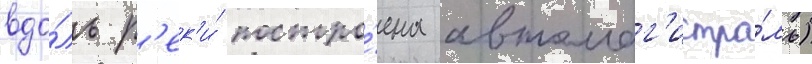
вдо́ль р'ек'и́ постро́ена автомаг'истра́ль)